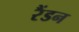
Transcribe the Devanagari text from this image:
रैंडन